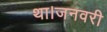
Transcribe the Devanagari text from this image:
था।जनवरी